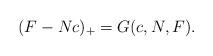
LaTeX: \begin{align*}(F-Nc)_+ = G(c,N,F).\end{align*}